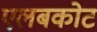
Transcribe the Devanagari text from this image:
एलबकोट